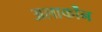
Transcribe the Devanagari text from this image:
अलार्कोंन